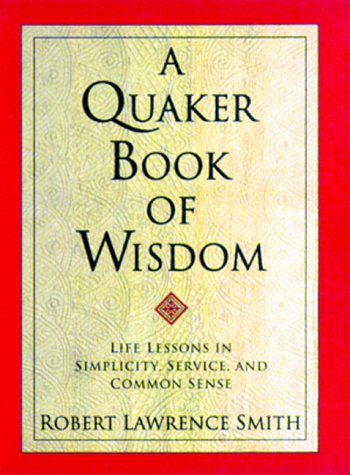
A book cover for A Quaker Book of Wisdom: Life Lessons In Simplicity, Service, And Common Sense (Living Planet Book); Robert Lawrence Smith; Christian Books & Bibles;